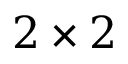
2 \times 2